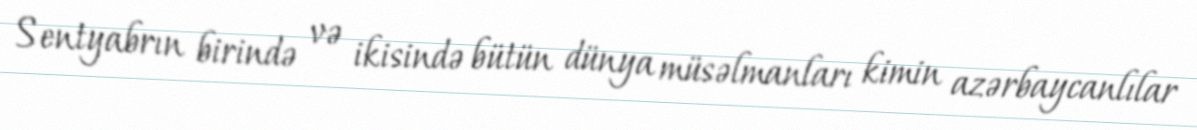
Sentyabrın birində və ikisində bütün dünya müsəlmanları kimin azərbaycanlılar